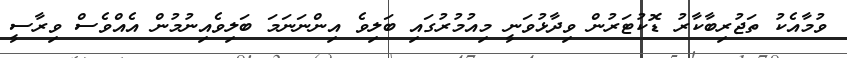
ވުމާއެކު ތަޖުރިބާކާރު ޑޮކުޓަރުން ވިދާޅުވަނީ މިއުމުރުގައި ބަލިވެ އިންނަނަމަ ބަލިވެއިނުމުން އެއްވެސް ވިރާސީ